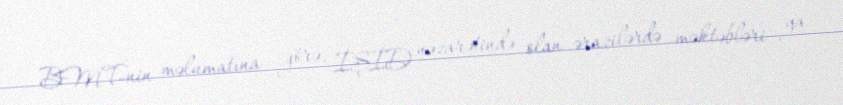
BMT-nin məlumatına görə, İŞİD nəzarətində olan ərazilərdə məktəbləri ya